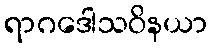
ရာဂဒေါသဝိနယာ